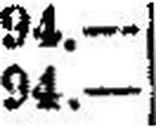
94.—